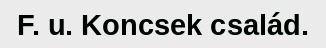
F. u. Koncsek család.